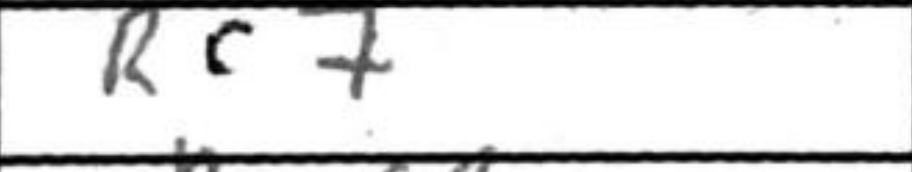
Transcription: Rc7